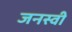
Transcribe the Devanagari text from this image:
जनस्वी